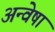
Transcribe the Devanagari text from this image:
अन्वेषा